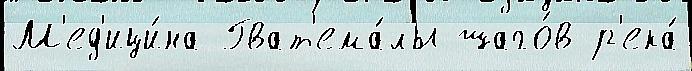
М'ед'ици́на Гват'ема́лы шаго́в р'ека́